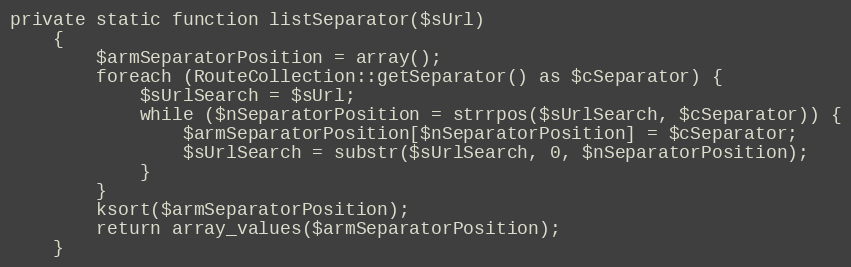
Language: PHP
private static function listSeparator($sUrl)
    {
        $armSeparatorPosition = array();
        foreach (RouteCollection::getSeparator() as $cSeparator) {
            $sUrlSearch = $sUrl;
            while ($nSeparatorPosition = strrpos($sUrlSearch, $cSeparator)) {
                $armSeparatorPosition[$nSeparatorPosition] = $cSeparator;
                $sUrlSearch = substr($sUrlSearch, 0, $nSeparatorPosition);
            }
        }
        ksort($armSeparatorPosition);
        return array_values($armSeparatorPosition);
    }